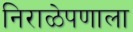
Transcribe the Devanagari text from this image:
निराळेपणाला